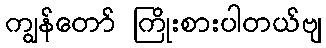
ကျွန်တော် ကြိုးစားပါတယ်ဗျ